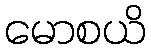
မောစယိ